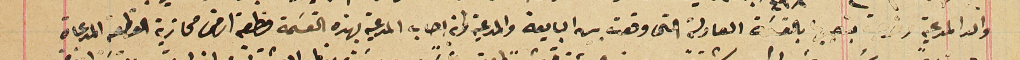
والد المدعية وخرجت بنصيبها بالقسمة العادلة التى وقعت بين البايعة والمدعية وانه اجاب المدعية بهذه القسَمة قطعة اراض محازية القطعة المدعاة